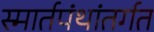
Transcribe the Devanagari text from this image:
स्मार्तपंथांतर्गत